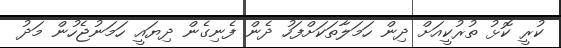
ކުރީ ކޮޅު ތުރުކީއަށް ދިން ހަމަލާތަކަށްފަހު ދެން ފެނިގެން ދިޔައީ ހަމަނުޖެހުން މަދު